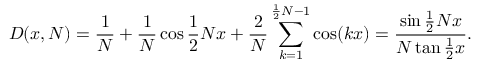
D ( x , N ) = { \frac { 1 } { N } } + { \frac { 1 } { N } } \cos { \frac { 1 } { 2 } } N x + { \frac { 2 } { N } } \sum _ { k = 1 } ^ { { \frac { 1 } { 2 } } N - 1 } \cos ( k x ) = { \frac { \sin { \frac { 1 } { 2 } } N x } { N \tan { \frac { 1 } { 2 } } x } } .